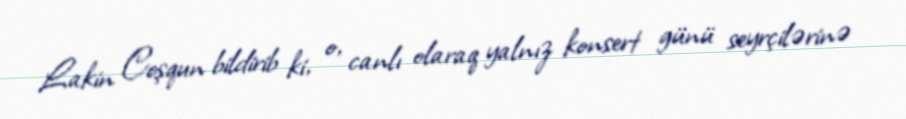
Lakin Coşqun bildirib ki, o, canlı olaraq yalnız konsert günü seyrçilərinə